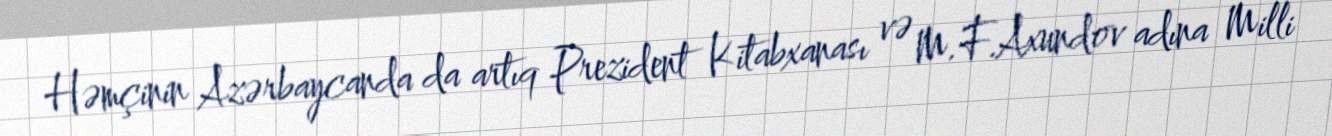
Həmçinin Azərbaycanda da artıq Prezident Kitabxanası və M.F.Axundov adına Milli